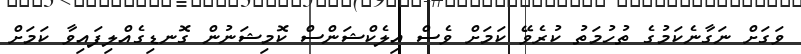
ވަގަށް ނަގާނެކަމުގެ ތުހުމަތު ކުރެވޭ ކަމަށް ވެސް އިލެކްޝަންސް ކޮމިޝަނުން ގޮނޑިގެއްލިފައިވާ ކަމަށް